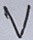
Text: V